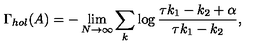
\Gamma _ { h o l } ( A ) = - \lim _ { N \to \infty } \sum _ { k } \log \frac { \tau k _ { 1 } - k _ { 2 } + \alpha } { \tau k _ { 1 } - k _ { 2 } } ,